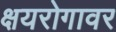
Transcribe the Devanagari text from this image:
क्षयरोगावर